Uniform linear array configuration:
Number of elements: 64
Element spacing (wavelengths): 0.75
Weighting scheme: exponential
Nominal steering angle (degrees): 60
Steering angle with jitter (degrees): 59.935
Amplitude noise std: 0.05
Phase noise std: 0.05

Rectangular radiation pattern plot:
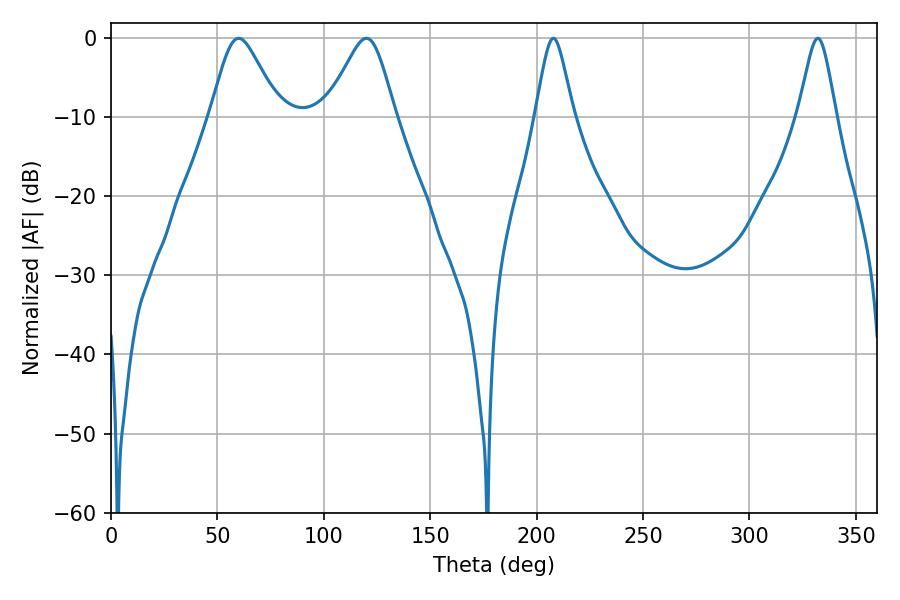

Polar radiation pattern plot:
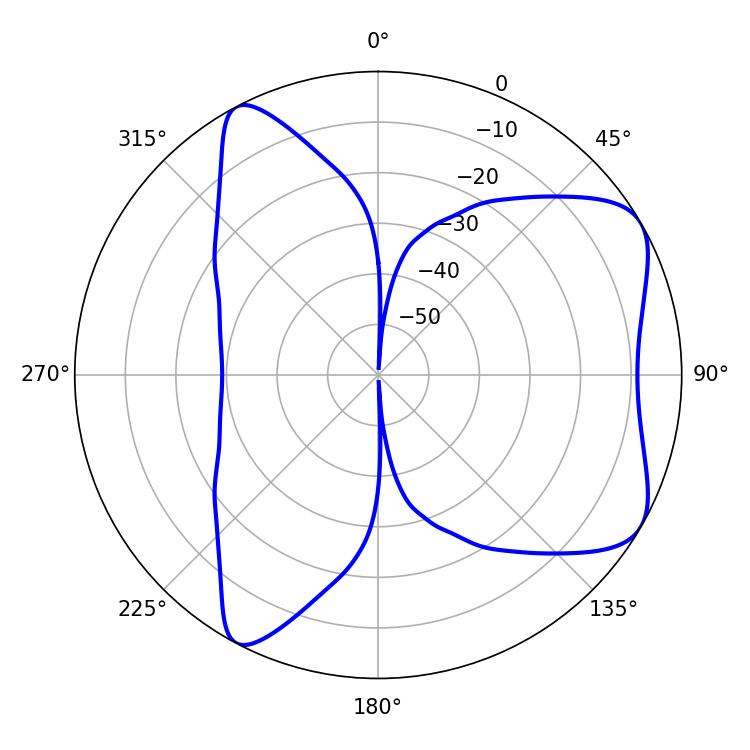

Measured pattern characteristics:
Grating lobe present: TRUE
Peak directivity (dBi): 6.663
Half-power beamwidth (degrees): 15.66
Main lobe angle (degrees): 59.94